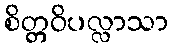
စိတ္တဝိပလ္လာသာ